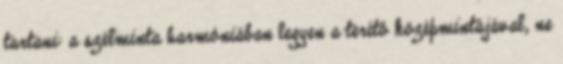
tartani: a szélminta harmóniában legyen a terítô középmintájával, ne